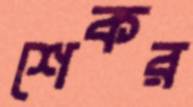
শেকর